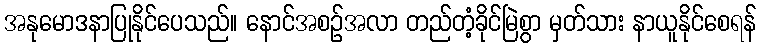
အနုမောဒနာပြုနိုင်ပေသည်။ နောင်အစဉ်အလာ တည်တံ့ခိုင်မြဲစွာ မှတ်သား နာယူနိုင်စေရန်